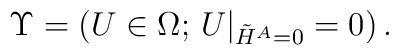
\Upsilon=\left(U\in\Omega;\,U\vert_{\tilde H^A=0}=0 \right).